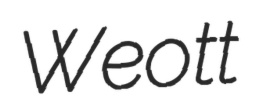
Weott